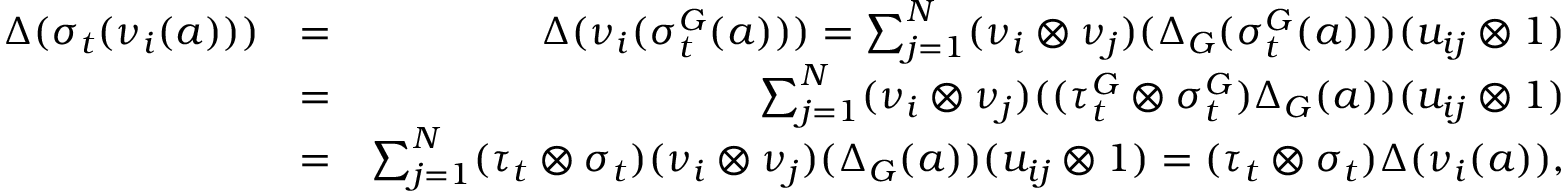
\begin{array} { r l r } { \Delta ( \sigma _ { t } ( \nu _ { i } ( a ) ) ) } & { = } & { \Delta ( \nu _ { i } ( \sigma _ { t } ^ { G } ( a ) ) ) = \sum _ { j = 1 } ^ { N } ( \nu _ { i } \otimes \nu _ { j } ) ( \Delta _ { G } ( \sigma _ { t } ^ { G } ( a ) ) ) ( u _ { i j } \otimes 1 ) } \\ & { = } & { \sum _ { j = 1 } ^ { N } ( \nu _ { i } \otimes \nu _ { j } ) ( ( \tau _ { t } ^ { G } \otimes \sigma _ { t } ^ { G } ) \Delta _ { G } ( a ) ) ( u _ { i j } \otimes 1 ) } \\ & { = } & { \sum _ { j = 1 } ^ { N } ( \tau _ { t } \otimes \sigma _ { t } ) ( \nu _ { i } \otimes \nu _ { j } ) ( \Delta _ { G } ( a ) ) ( u _ { i j } \otimes 1 ) = ( \tau _ { t } \otimes \sigma _ { t } ) \Delta ( \nu _ { i } ( a ) ) , } \end{array}